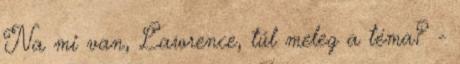
Na mi van, Lawrence, túl meleg a téma? -